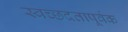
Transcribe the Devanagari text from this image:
स्वच्छदतापूर्वक